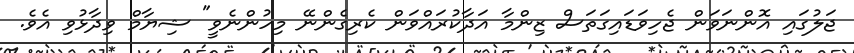
ޖަލުގައި އޮންނަވަން ޖެހިވަޑައިގަތަސް ޒިންމާ އަދާކުރައްވަން ކެރިގެންނޭ މިހުންނެވީ" ޝިޔާމް ވިދާޅުވި އެވެ.